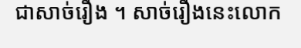
ជាសាច់រឿង ។ សាច់រឿងនេះលោក